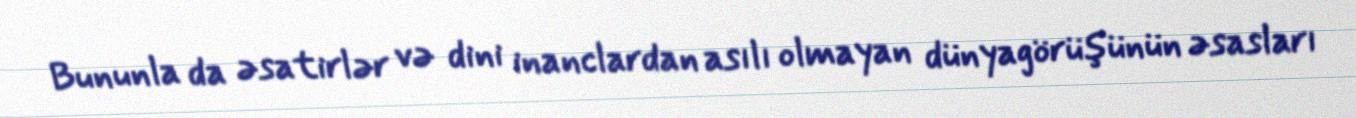
Bununla da əsatirlər və dini inanclardan asılı olmayan dünyagörüşünün əsasları